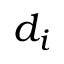
d _ { i }